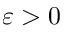
\varepsilon > 0